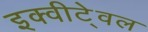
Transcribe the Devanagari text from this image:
इक्वीटे्वल